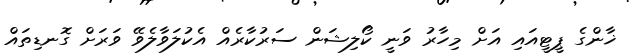
ޚާންގެ ޕީޓީއައި އަށް މިހާރު ވަނީ ކޯލިޝަން ސަރުކާރެއް އެކުލަވާލެވޭ ވަރަށް ގޮނޑިތައް